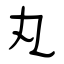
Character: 丸